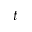
t